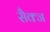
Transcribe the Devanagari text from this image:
सैक्ज